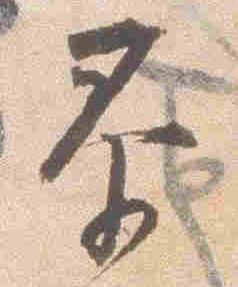
泰